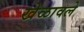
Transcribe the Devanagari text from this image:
खेळावले